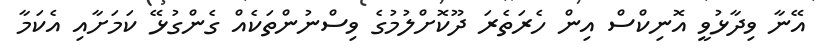
އޭނާ ވިދާޅުވީ އޮނިކްސް އިން ހެރަތެރަ ދޫކޮށްލުމުގެ ވިސްނުންތަކެއް ގެންގުޅޭ ކަމަށާއި އެކަމާ